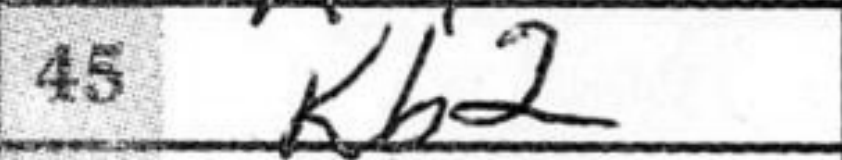
Transcription: Kb2